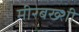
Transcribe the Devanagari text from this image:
मीरबख्शी